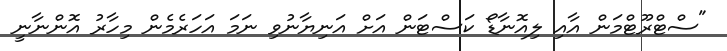
"ސްޓްރޫޓްމަން އާއި ލިއޮނާޑޯ ކަސްޓަން އަށް އަނިޔާނުވި ނަަމަ އަހަރެމެން މިހާރު އޮންނާނީ